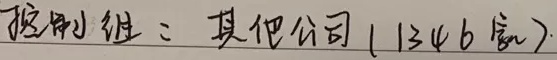
控制组：其他公司（1346家）